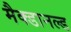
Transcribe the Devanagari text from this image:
मैक्डानल्ड